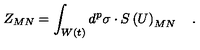
Z _ { M N } = \int _ { W \left( t \right) } d ^ { p } \sigma \cdot S \left( U \right) _ { M N } \quad .